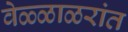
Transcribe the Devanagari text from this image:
वेळ्ळाळरांत